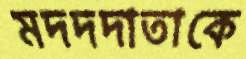
মদদদাতাকে